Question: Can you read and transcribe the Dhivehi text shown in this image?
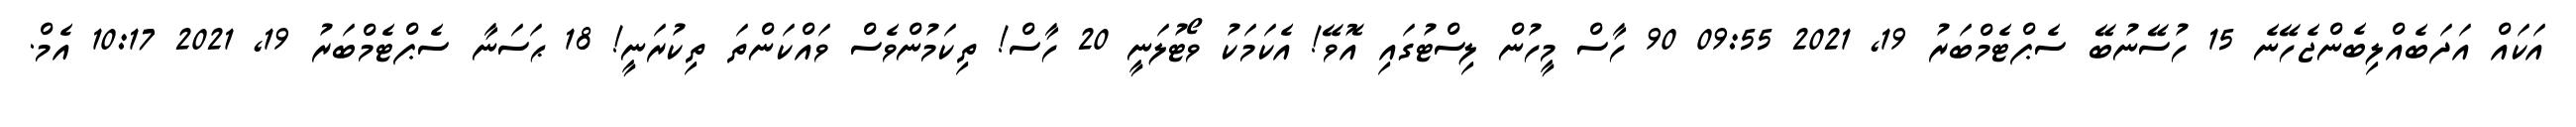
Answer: އަކައް އަދަބެއްލިބެންޖެހޭނެ 15 ހުސޭނުބޭ ސެޕްޓެމްބަރު 19, 2021 09:55 90 ހާސް މީހުން ލިސްޓުގައި އޮވޭ! އެކަމަކު ވޯޓުލަނީ 20 ހާސް! ތިކަމުންވެސް ވައްކަންތަ ތިކުރަނީ! 18 ޙަސަނާ ސެޕްޓެމްބަރު 19, 2021 10:17 އެމް.